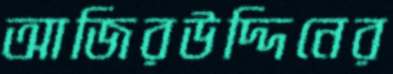
আজিরউদ্দিনের